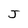
Character: J